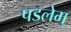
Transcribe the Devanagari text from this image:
पडलेम्